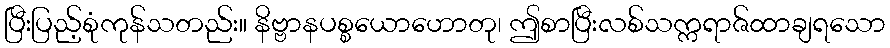
ပြီးပြည့်စုံကုန်သတည်း။ နိဗ္ဗာနပစ္စယောဟောတု၊ ဤစာပြီးလစ်သက္ကရာဇ်ထာချရသော